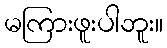
မကြားဖူးပါဘူး။